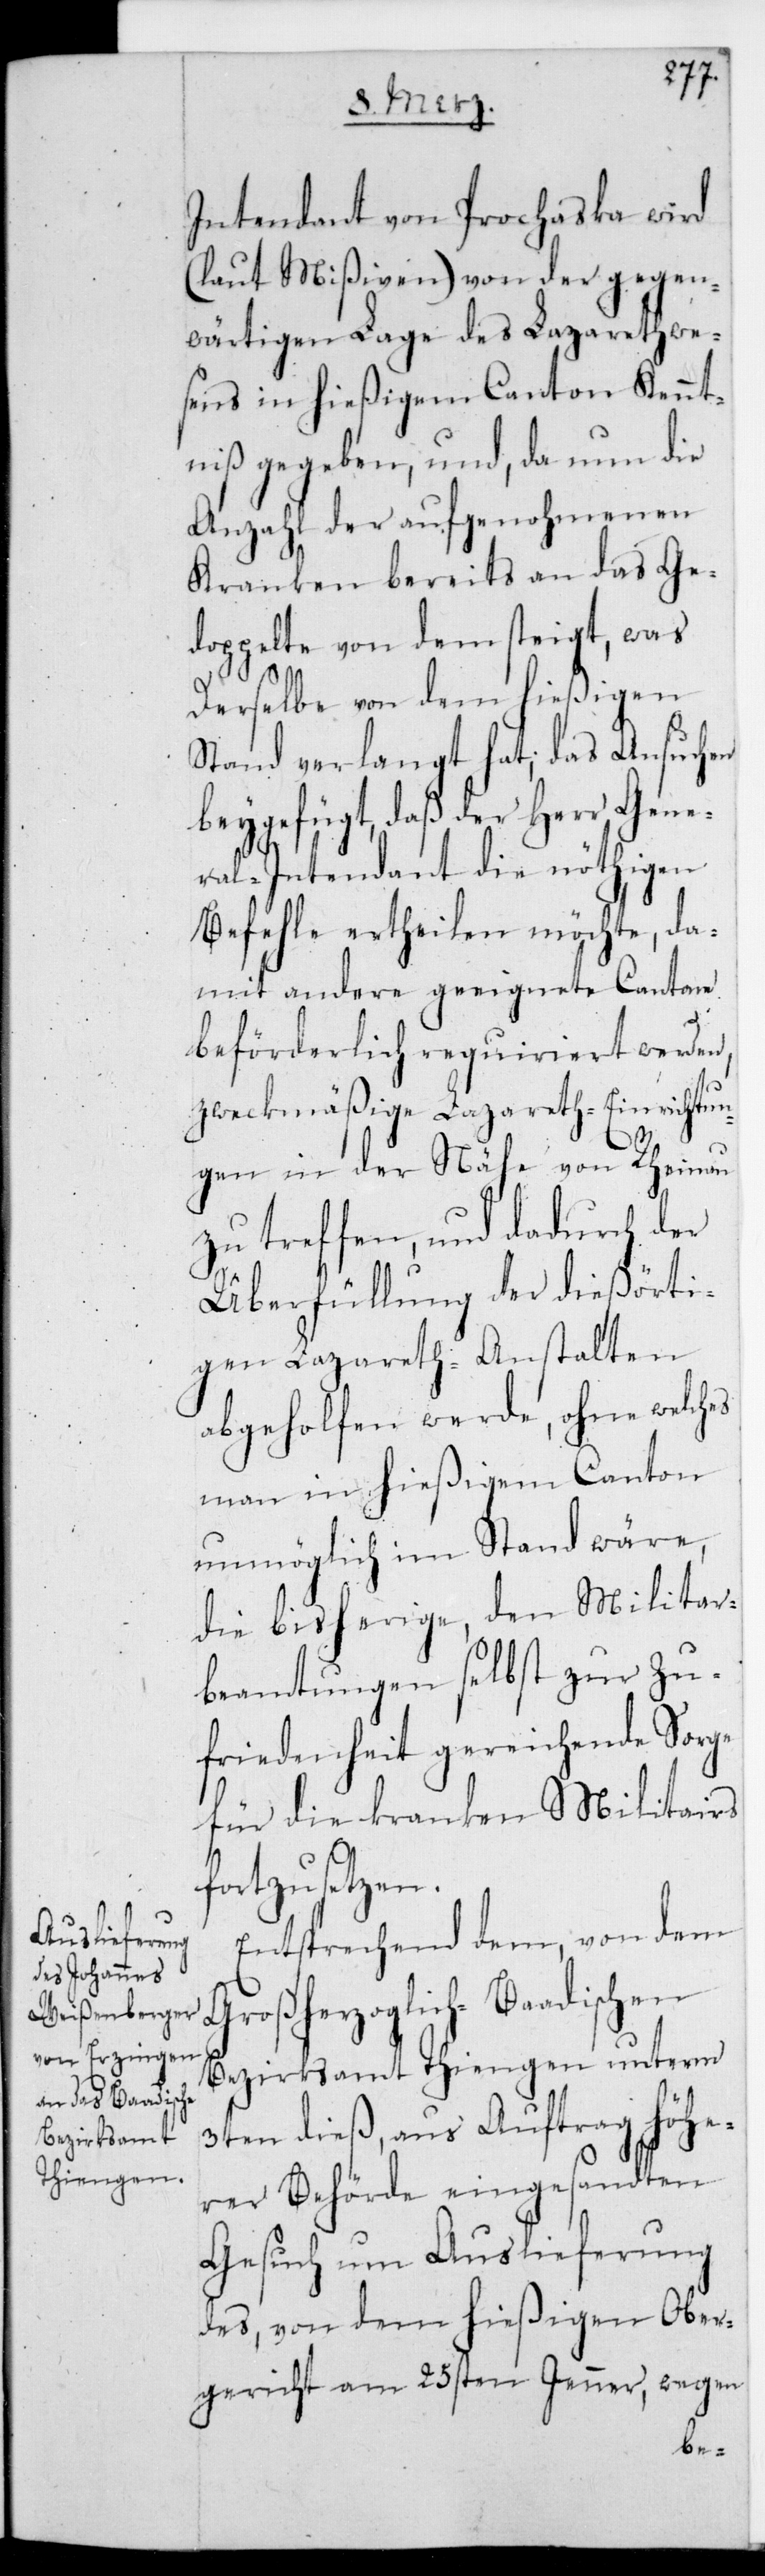
Intendant von Prochaska wird
(laut Mißiven) von der gegen¬
wärtigen Lage des Lazarethwe¬
sens in hießigem Canton Kennt¬
niß gegeben, und da nun die
Anzahl der aufgenohmenen
Kranken bereits an das Ge¬
doppelte von dem steigt, was
derselbe von dem hießigen
Stand verlangt hat, das Ansuchen
beygefügt, daß der Herr Gene¬
ral-Intendant die nöthigen
Befehle ertheilen möchte, da¬
mit andere geeignete Cantone
beförderlich requiriert werden,
zweckmäßige Lazareth-Einrichtun¬
gen in der Nähe von Rheinau
zu treffen, und dadurch der
Überfüllung der diesörti¬
gen Lazareth-Anstalten
abgeholfen werde, ohne welches
man in hießigem Canton
unmöglich imstand wäre,
die bisherige, den Militair¬
beamtungen selbst zur Zu¬
friedenheit gereichende Sorge
für die kranken Militairs
fortzusetzen.
Entsprechend dem, von dem
Großherzoglich-Baadischen
Bezirksamt Thiengen unterm
3ten dieß, aus Auftrag höhe¬
rer Behörde eingesandten
Gesuch um Auslieferung
des von dem hießigen Ober¬
gericht am 25sten Jenner, wegen